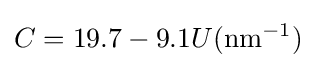
C=19.7-9.1U(\mathrm {nm^{-1}} )